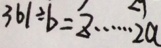
3 6 1 \div b = z \cdots 2 a